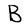
Character: B